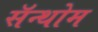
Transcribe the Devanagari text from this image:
सॅन्थोम